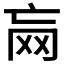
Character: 𱺶